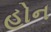
હોન